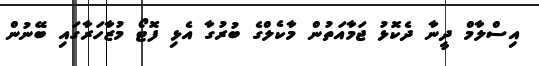
އިސްލާމް ދީނާ ދެކޮޅު ޖަމާއަތުން މާކެލްގެ ބުރުގާ އެޅި ފޮޓޯ މުޒާހަރާގައި ބޭނުން